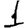
Digit: 1